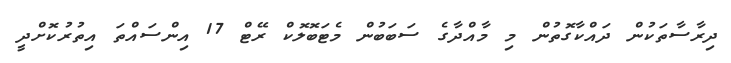
ދިރާސާތަކުން ދައްކާގޮތުން މި މާއްދާގެ ސަބަބުން މެޓަބޮލޮކް ރޭޓް 17 އިންސައްތަ އިތުރުކޮށްދީ